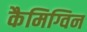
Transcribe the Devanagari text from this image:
कैमिग्विन